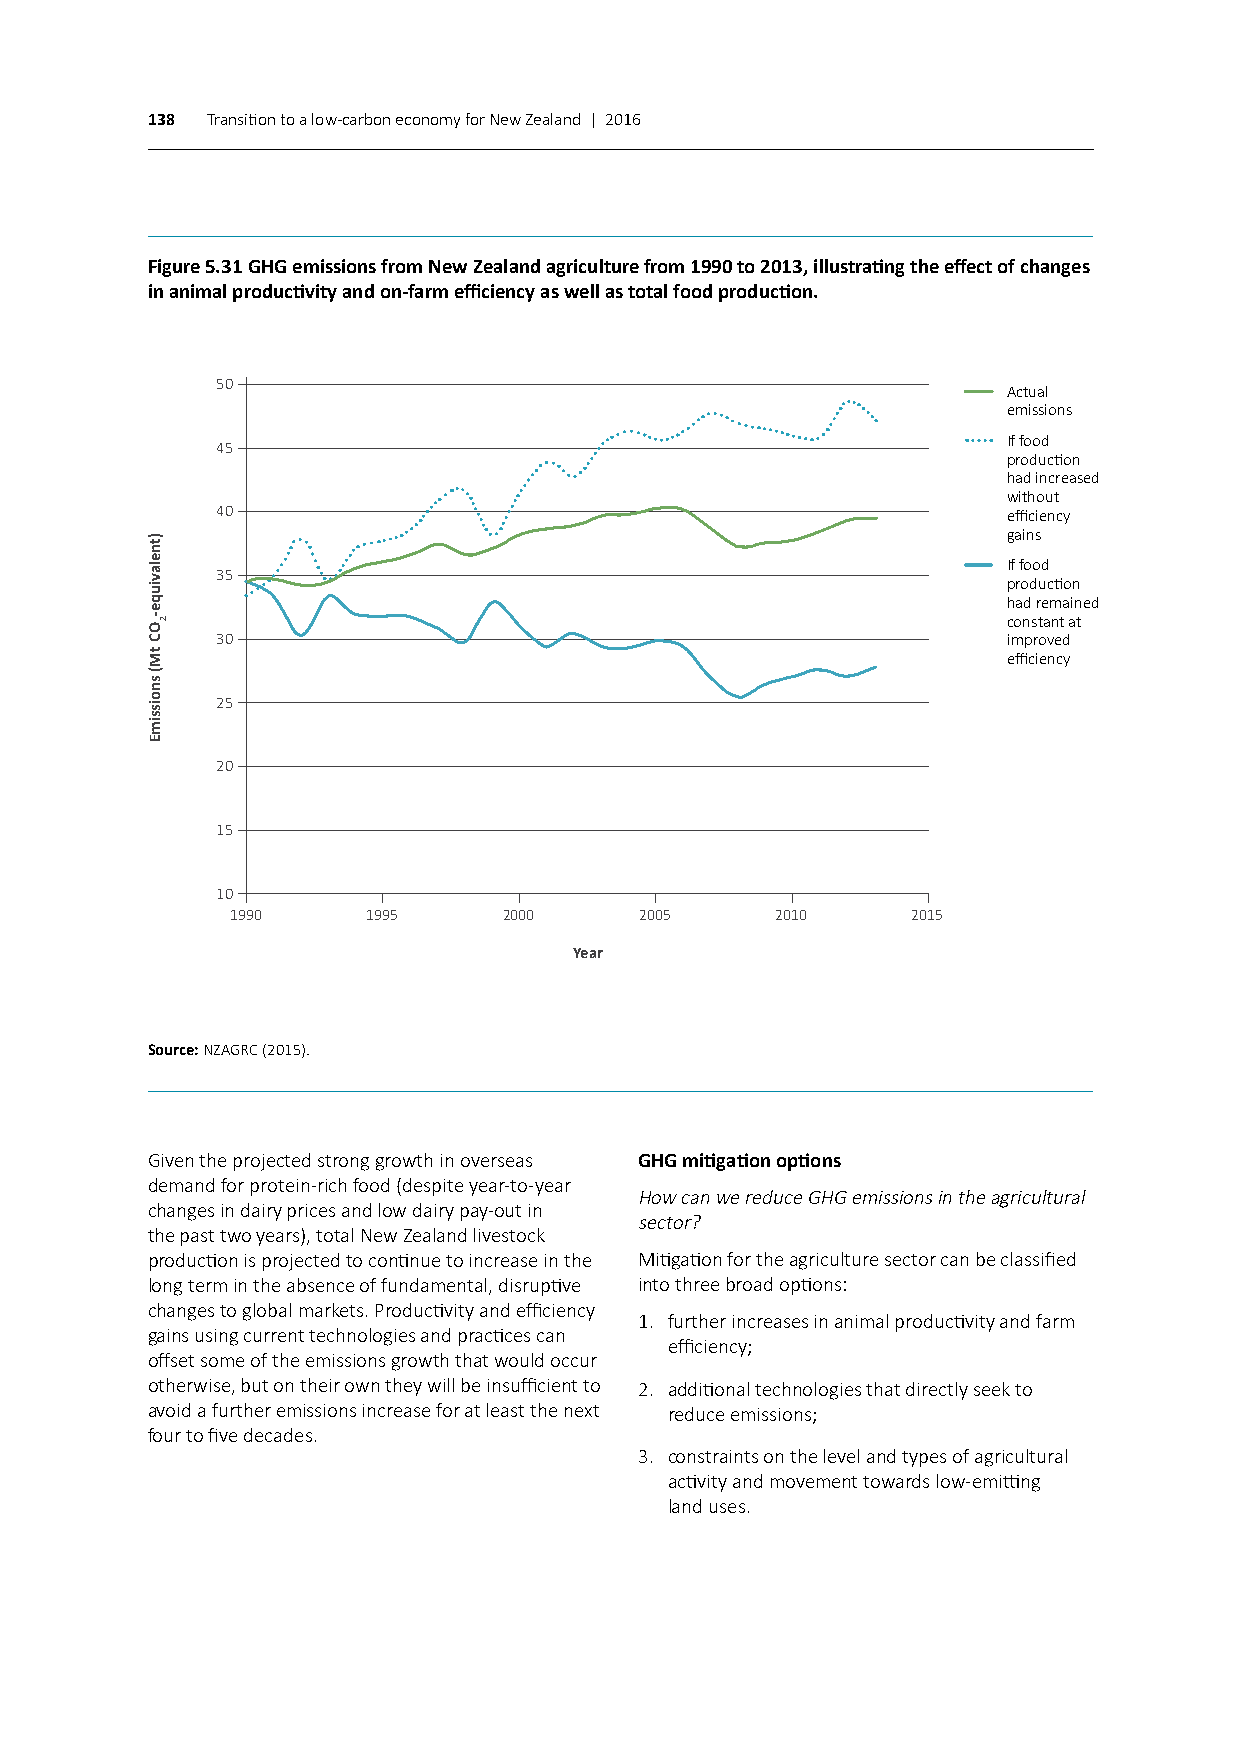
138 Transition to a low-carbon economy for New Zealand | 2016
 Figure 5.31 GHG emissions from New Zealand agriculture from 1990 to 2013, illustrating the effect of changes
 in animal productivity and on-farm efficiency as well as total food production.
 50
 Actual
 emissions
 If food
 45
 production
 had increased
 without
 40                                                   efficiency
 gains
 If food
 35
 production
 had remained
 constant at
 30                                                   improved
 efficiency
 25
 20
 15
 10
 1990     1995     2000     2005     2010     2015
 Year
 Source: NZAGRC (2015).
 Given the projected strong growth in overseas GHG mitigation options
 demand for protein-rich food (despite year-to-year
 How can we reduce GHG emissions in the agricultural
 changes in dairy prices and low dairy pay-out in
 sector?
 the past two years), total New Zealand livestock
 production is projected to continue to increase in the Mitigation for the agriculture sector can be classified
 long term in the absence of fundamental, disruptive into three broad options:
 changes to global markets. Productivity and efficiency
 1. further increases in animal productivity and farm
 gains using current technologies and practices can
 efficiency;
 offset some of the emissions growth that would occur
 otherwise, but on their own they will be insufficient to 2. additional technologies that directly seek to
 avoid a further emissions increase for at least the next reduce emissions;
 four to five decades.
 3. constraints on the level and types of agricultural
 activity and movement towards low-emitting
 land uses.
 )tnelaviuqe-OC
 tM(
 snoissimE
 2